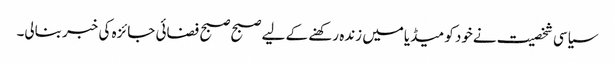
سیاسی شخصیت نےخود کو میڈیامیں زنده رکھنے کے لیے صبح صبح فضائی جائزه کی خبر بنالی۔